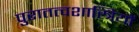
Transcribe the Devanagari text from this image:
पुरातत्‍वशास्त्रियों